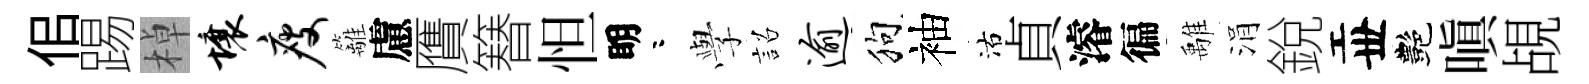
佀踢棹壤瘦籬慮贋簮怛眀咯𫝯詔逾狗袖沽貞濬徧𩀌涓銳丗艷嗔覘